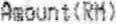
AMOUNT(RM)